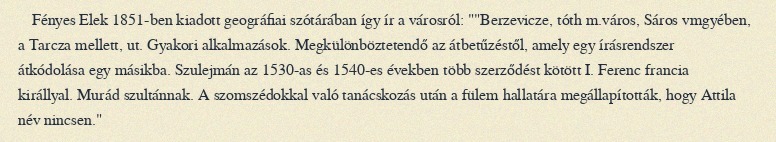
Fényes Elek 1851-ben kiadott geográfiai szótárában így ír a városról: ""Berzevicze, tóth m.város, Sáros vmgyében, a Tarcza mellett, ut. Gyakori alkalmazások. Megkülönböztetendő az átbetűzéstől, amely egy írásrendszer átkódolása egy másikba. Szulejmán az 1530-as és 1540-es években több szerződést kötött I. Ferenc francia királlyal. Murád szultánnak. A szomszédokkal való tanácskozás után a fülem hallatára megállapították, hogy Attila név nincsen."